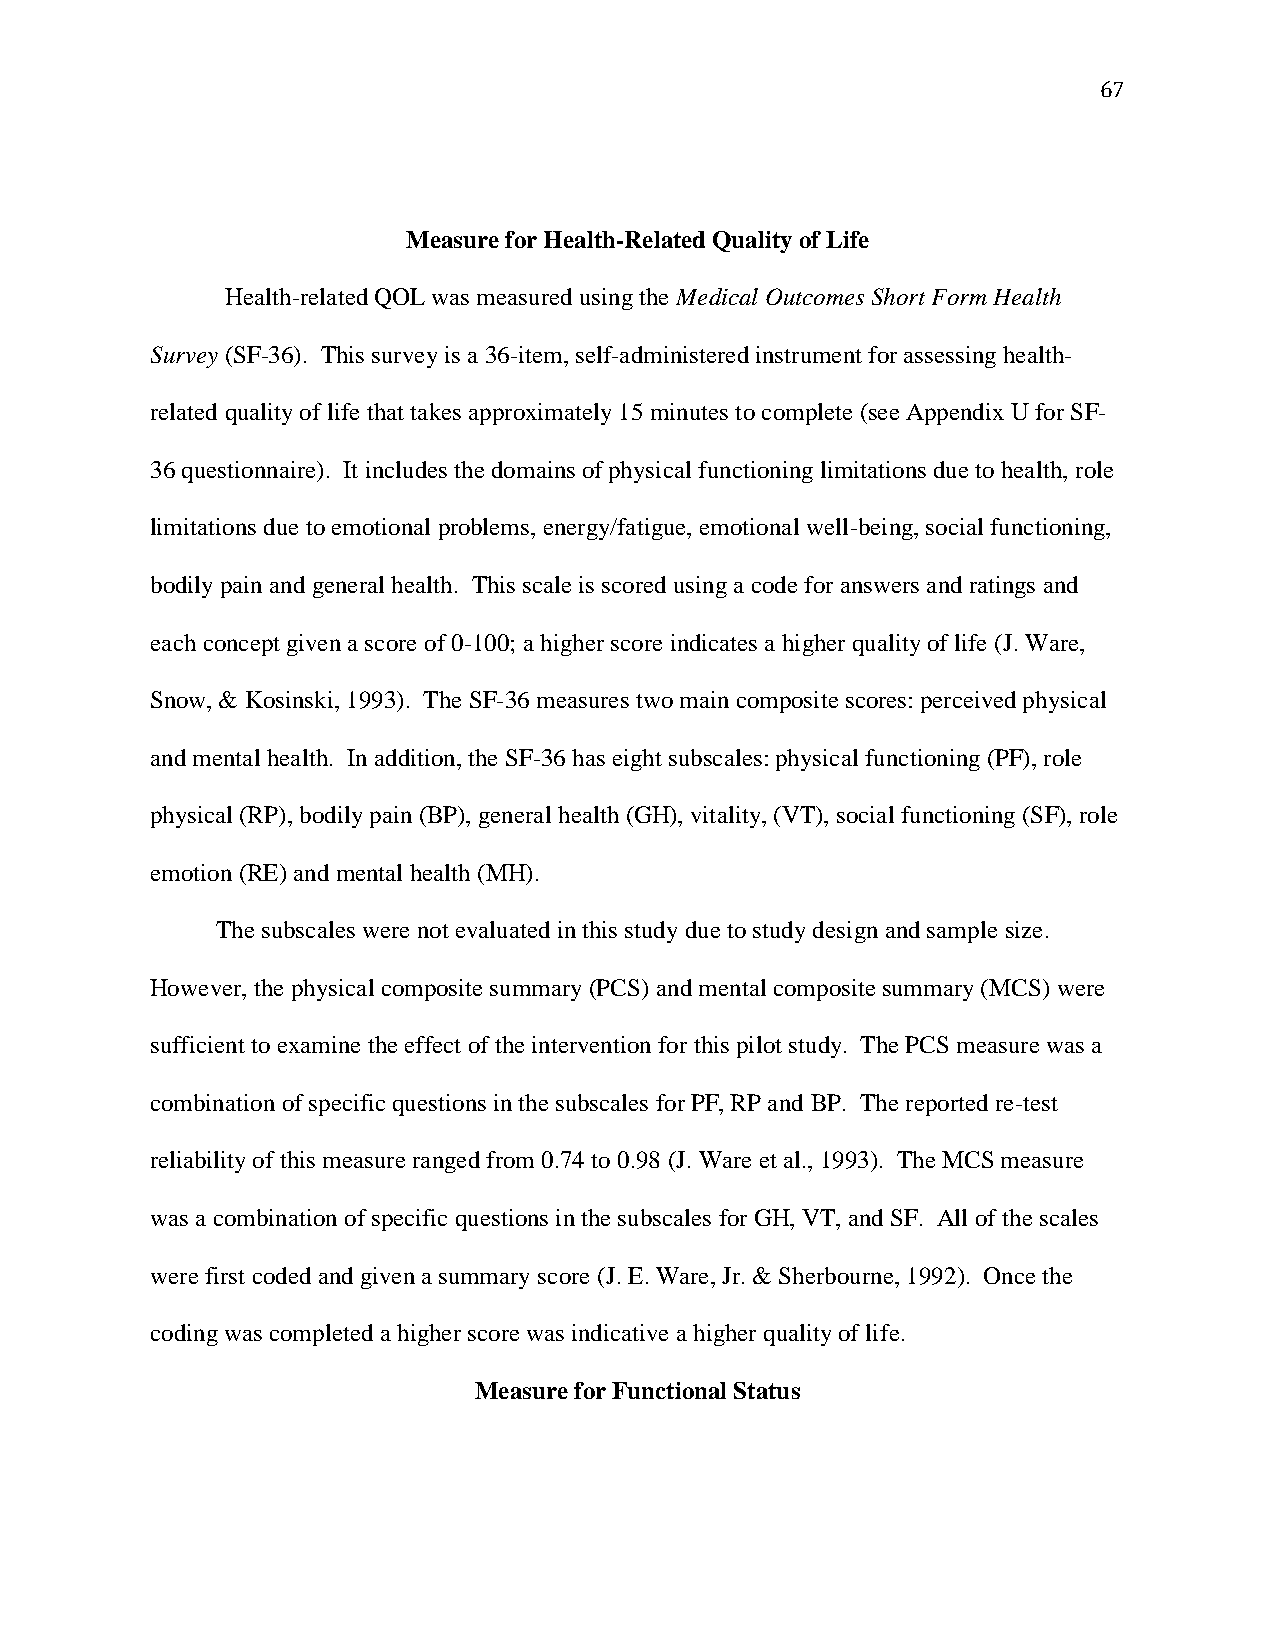
67
 Measure for Health-Related Quality of Life
 Health-related QOL was measured using the Medical Outcomes Short Form Health
 Survey (SF-36). This survey is a 36-item, self-administered instrument for assessing health-
 related quality of life that takes approximately 15 minutes to complete (see Appendix U for SF-
 36 questionnaire). It includes the domains of physical functioning limitations due to health, role
 limitations due to emotional problems, energy/fatigue, emotional well-being, social functioning,
 bodily pain and general health. This scale is scored using a code for answers and ratings and
 each concept given a score of 0-100; a higher score indicates a higher quality of life (J. Ware,
 Snow, & Kosinski, 1993). The SF-36 measures two main composite scores: perceived physical
 and mental health. In addition, the SF-36 has eight subscales: physical functioning (PF), role
 physical (RP), bodily pain (BP), general health (GH), vitality, (VT), social functioning (SF), role
 emotion (RE) and mental health (MH).
 The subscales were not evaluated in this study due to study design and sample size.
 However, the physical composite summary (PCS) and mental composite summary (MCS) were
 sufficient to examine the effect of the intervention for this pilot study. The PCS measure was a
 combination of specific questions in the subscales for PF, RP and BP. The reported re-test
 reliability of this measure ranged from 0.74 to 0.98 (J. Ware et al., 1993). The MCS measure
 was a combination of specific questions in the subscales for GH, VT, and SF. All of the scales
 were first coded and given a summary score (J. E. Ware, Jr. & Sherbourne, 1992). Once the
 coding was completed a higher score was indicative a higher quality of life.
 Measure for Functional Status